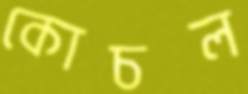
কোচল